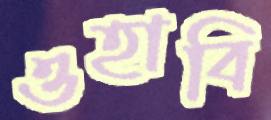
ওহাবি